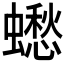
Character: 𧒸